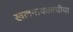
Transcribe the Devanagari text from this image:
खलनायकाचीया